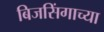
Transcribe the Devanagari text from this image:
बिजसिंगाच्या